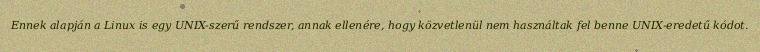
Ennek alapján a Linux is egy UNIX-szerű rendszer, annak ellenére, hogy közvetlenül nem használtak fel benne UNIX-eredetű kódot.